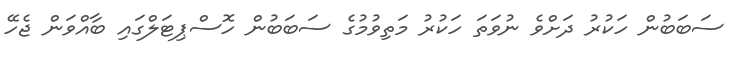
ސަބަބުން ހަކުރު ދަށްވެ ނުވަތަ ހަކުރު މަތިވުމުގެ ސަބަބުން ހޮސްޕިޓަލްގައި ބާއްވަން ޖެހޭ